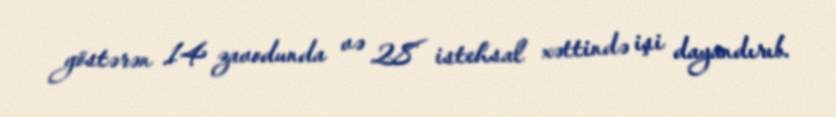
göstərən 14 zavodunda və 28 istehsal xəttində işi dayandırıb.